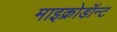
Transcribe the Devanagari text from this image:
माइक्रोडॉन्ट